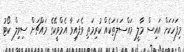
މިފަހަކަށް އައިސް މާލީ މައްސަލަތަކެއް ކުރިމަތި ވެފައިވާ އެމްވީކޭގެ މައްޗަށް ސިވިލް ކޯޓު